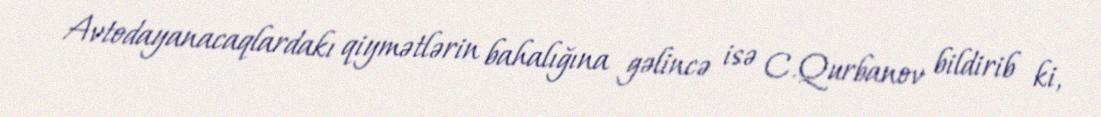
Avtodayanacaqlardakı qiymətlərin bahalığına gəlincə isə C.Qurbanov bildirib ki,